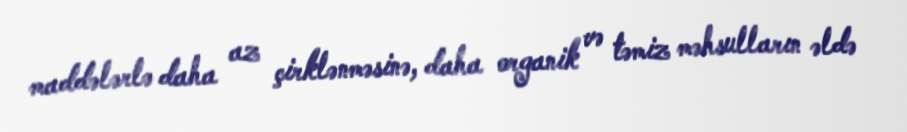
maddələrlə daha az çirklənməsinə, daha organik və təmiz məhsulların əldə